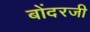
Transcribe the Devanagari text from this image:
बोंदरजी